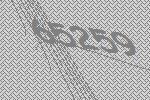
65259